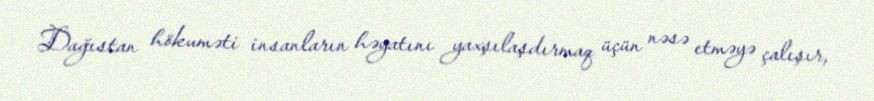
Dağıstan hökuməti insanların həyatını yaxşılaşdırmaq üçün nəsə etməyə çalışır,